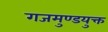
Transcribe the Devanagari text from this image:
गजमुण्डयुक्त